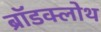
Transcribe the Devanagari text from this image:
ब्रॉडक्लोथ